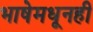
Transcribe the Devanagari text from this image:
भाषेमधूनही